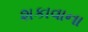
શકાવાના